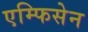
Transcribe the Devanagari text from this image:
एम्फिसेन